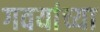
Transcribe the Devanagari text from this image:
गवयांच्या